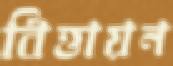
বিত্তায়ন